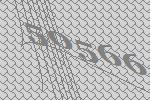
50566